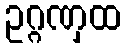
ဥဂ္ဂဏှထ